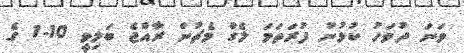
ވަނަ ދުވަހު ކުޅުނު ފުރަތަމަ ލެގް މެޗުން ރާއްޖެ ބަލިވީ 10-1 ގެ